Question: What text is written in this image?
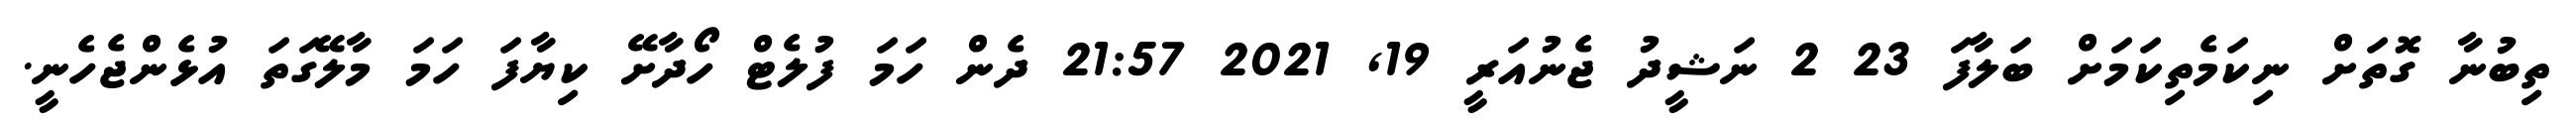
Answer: ތިބުނާ ގޮތަށް ނިކަމެތިކަމަށް ބަލާފަ 23 2 ނަޝީދު ޖެނުއަރީ 19, 2021 21:57 ދެން ހަމަ ފުލެޓް ހޯދާށޭ ކިޔާފަ ހަމަ މާލޭގަތަ އުޅެންޖެހެނީ.